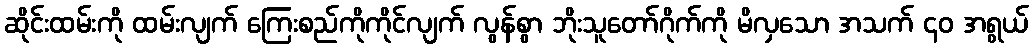
ဆိုင်းထမ်းကို ထမ်းလျက် ကြေးစည်ကိုကိုင်လျက် လွန်စွာ ဘိုးသူတော်ဂိုက်ကို မိလှသော အသက် ၄၀ အရွယ်